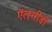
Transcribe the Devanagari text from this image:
ऍलसीडी